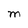
Character: M